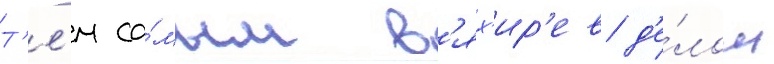
Т'е́м са́мым в'ях'ир'ев д'е́лом